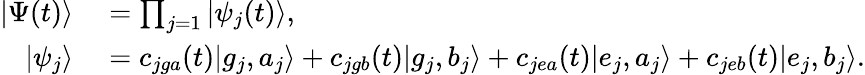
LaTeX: \begin{array}{rl}{|\Psi(t)\rangle}&{{}=\prod_{j=1}|\psi_{j}(t)\rangle,}\\ {|\psi_{j}\rangle}&{{}=c_{jga}(t)|g_{j},a_{j}\rangle+c_{jgb}(t)|g_{j},b_{j}\rangle+c_{jea}(t)|e_{j},a_{j}\rangle+c_{jeb}(t)|e_{j},b_{j}\rangle.}\end{array}